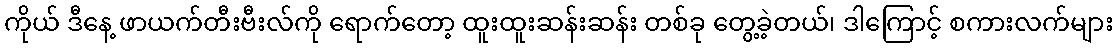
ကိုယ် ဒီနေ့ ဖာယက်တီးဗီးလ်ကို ရောက်တော့ ထူးထူးဆန်းဆန်း တစ်ခု တွေ့ခဲ့တယ်၊ ဒါကြောင့် စကားလက်များ